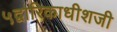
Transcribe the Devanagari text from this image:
५द्वारिकाधीशजी